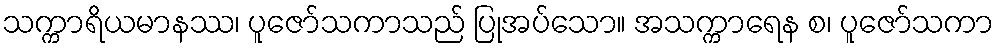
သက္ကာရိယမာနဿ၊ ပူဇော်သကာသည် ပြုအပ်သော။ အသက္ကာရေန စ၊ ပူဇော်သကာ